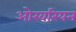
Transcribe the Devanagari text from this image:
ओरवरियन